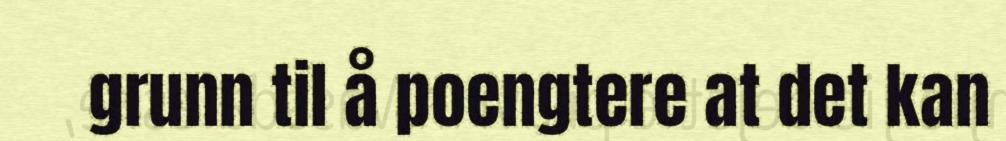
grunn til å poengtere at det kan